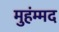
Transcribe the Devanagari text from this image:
मुहंम्मद